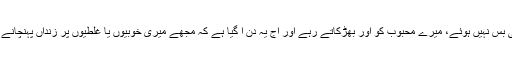
میرے حاسد اور رقیب اس پر بھی بس نہیں ہوئے، میرے محبوب کو اور بھڑکاتے رہے اور آج یہ دن آ گیا ہے کہ مجھے میری خوبیوں یا غلطیوں پر زنداں پہنچانے کے انتظامات کئے جا رہے ہیں۔